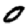
Digit: 0